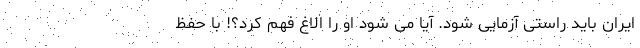
ایران باید راستی آزمایی شود. آیا می شود او را الاغ فهم کرد؟! با حفظ